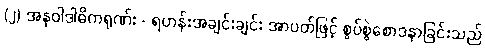
(၂) အနုဝါဒါဓိကရုဏ်း - ရဟန်းအချင်းချင်း အာပတ်ဖြင့် စွပ်စွဲစောဒနာခြင်းသည်